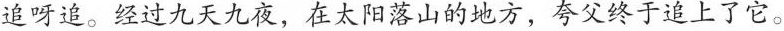
追呀追。经过九天九夜，在太阳落山的地方，夸父终于追上了它。